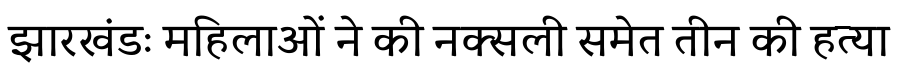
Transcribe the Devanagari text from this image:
झारखंडः महिलाओं ने की नक्सली समेत तीन की हत्या